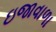
ઇજાવાળા